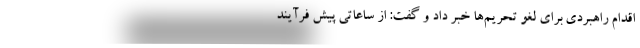
اقدام راهبردی برای لغو تحریم‌ها خبر داد و گفت: از ساعاتی پیش فرآیند